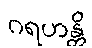
ဂရဟန္တိ